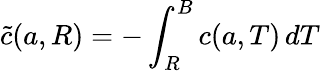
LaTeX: \tilde{c}({a},R)=-\int_{R}^{B}c({a},T)\, dT